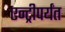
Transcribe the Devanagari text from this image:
एन्ट्रीपर्यंत